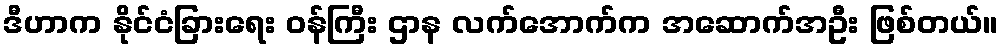
ဒီဟာက နိုင်ငံခြားရေး ဝန်ကြီး ဌာန လက်အောက်က အဆောက်အဦး ဖြစ်တယ်။